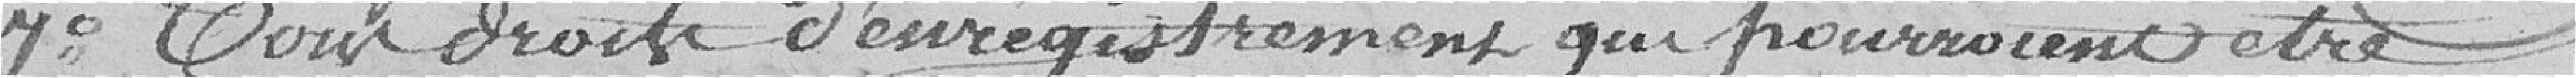
7° Tout droits d'enregistrement qui pourraient être